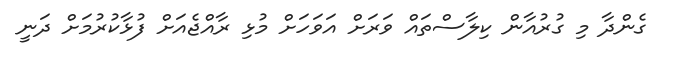
ގެންދާ މި ގުރުއާން ކިލާސްތައް ވަރަށް އަވަހަށް މުޅި ރާއްޖެއަށް ފުޅާކުރުމަށް ދަނީ